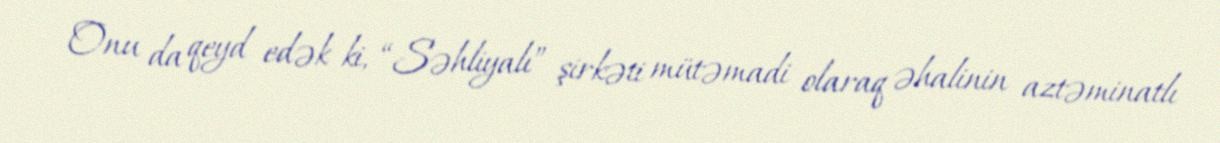
Onu da qeyd edək ki, “Səhliyalı” şirkəti mütəmadi olaraq əhalinin aztəminatlı